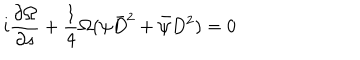
i \frac { \partial \Omega } { \partial { s } } + \frac { 1 } { 4 } \Omega ( \psi \bar { D } ^ { 2 } + \bar { \psi } D ^ { 2 } ) = 0